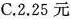
C.2.25元